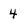
Character: 4